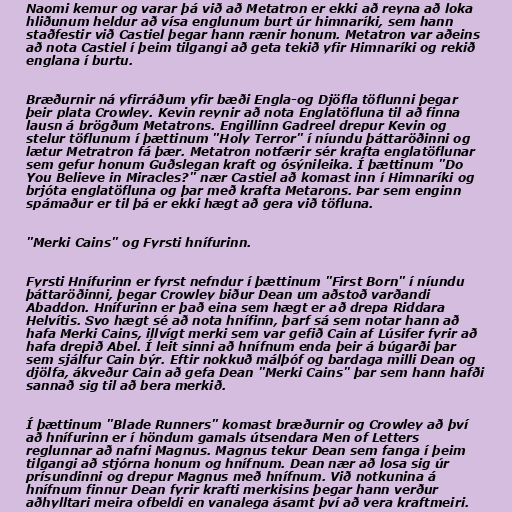
Naomi kemur og varar þá við að Metatron er ekki að reyna að loka
hliðunum heldur að vísa englunum burt úr himnaríki, sem hann
staðfestir við Castiel þegar hann rænir honum. Metatron var aðeins
að nota Castiel í þeim tilgangi að geta tekið yfir Himnaríki og rekið
englana í burtu.

Bræðurnir ná yfirráðum yfir bæði Engla-og Djöfla töflunni þegar
þeir plata Crowley. Kevin reynir að nota Englatöfluna til að finna
lausn á brögðum Metatrons. Engillinn Gadreel drepur Kevin og
stelur töflunum í þættinum "Holy Terror" í níundu þáttaröðinni og
lætur Metratron fá þær. Metatron notfærir sér krafta englatöflunar
sem gefur honum Guðslegan kraft og ósýnileika. Í þættinum "Do
You Believe in Miracles?" nær Castiel að komast inn í Himnaríki og
brjóta englatöfluna og þar með krafta Metarons. Þar sem enginn
spámaður er til þá er ekki hægt að gera við töfluna.

"Merki Cains" og Fyrsti hnífurinn.

Fyrsti Hnífurinn er fyrst nefndur í þættinum "First Born" í níundu
þáttaröðinni, þegar Crowley biður Dean um aðstoð varðandi
Abaddon. Hnífurinn er það eina sem hægt er að drepa Riddara
Helvítis. Svo hægt sé að nota hnífinn, þarf sá sem notar hann að
hafa Merki Cains, illvígt merki sem var gefið Cain af Lúsifer fyrir að
hafa drepið Abel. Í leit sinni að hnífnum enda þeir á búgarði þar
sem sjálfur Cain býr. Eftir nokkuð málþóf og bardaga milli Dean og
djölfa, ákveður Cain að gefa Dean "Merki Cains" þar sem hann hafði
sannað sig til að bera merkið.

Í þættinum "Blade Runners" komast bræðurnir og Crowley að því
að hnífurinn er í höndum gamals útsendara Men of Letters
reglunnar að nafni Magnus. Magnus tekur Dean sem fanga í þeim
tilgangi að stjórna honum og hnífnum. Dean nær að losa sig úr
prísundinni og drepur Magnus með hnífnum. Við notkunina á
hnífnum finnur Dean fyrir krafti merkisins þegar hann verður
aðhylltari meira ofbeldi en vanalega ásamt því að vera kraftmeiri.